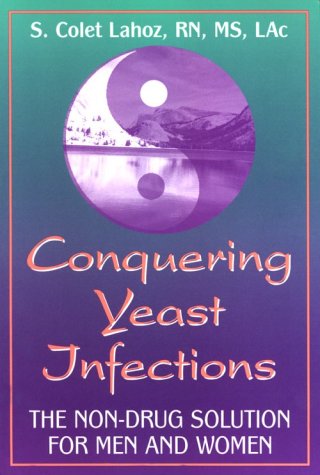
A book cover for Conquering Yeast Infections: The Non-Drug Solution for Men and Women; S. Colet Lahoz; Health, Fitness & Dieting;